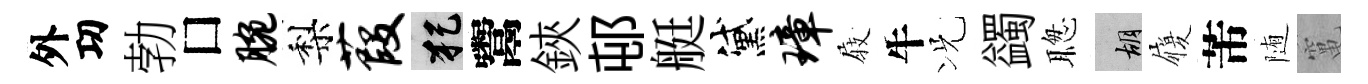
外㓛勃□腕梨葭犯鬻鋏邨艇黛璋𡲆牛况蠲聦胡履芾随𥧄